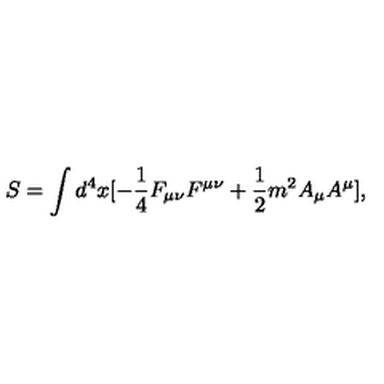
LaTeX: S = \int d ^ { 4 } x [ - \frac { 1 } { 4 } F _ { \mu \nu } F ^ { \mu \nu } + \frac { 1 } { 2 } m ^ { 2 } A _ { \mu } A ^ { \mu } ] ,